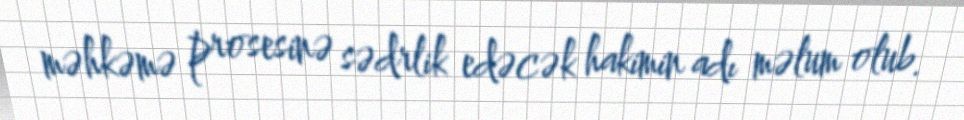
məhkəmə prosesinə sədrlik edəcək hakimin adı məlum olub.